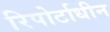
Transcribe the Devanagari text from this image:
रिपोर्टाधीन